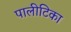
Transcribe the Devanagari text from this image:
पालीटिका